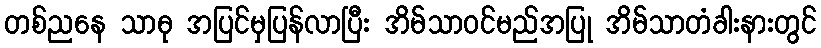
တစ်ညနေ သာဓု အပြင်မှပြန်လာပြီး အိမ်သာဝင်မည်အပြု အိမ်သာတံခါးနားတွင်